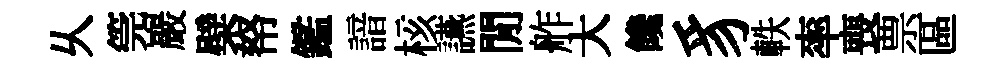
乆筦巖檗帑鑑諳核讌閒舴大饞豸軼率喪票區